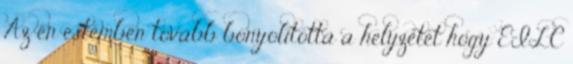
Az én estemben tovább bonyolította a helyzetet hogy EILC